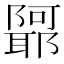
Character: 𲉢